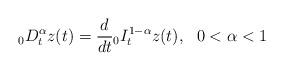
LaTeX: \begin{align*}_0D_t^\alpha z(t)=\frac{d}{d t}{}_0I_t^{1-\alpha}z(t),~~0<\alpha<1\end{align*}